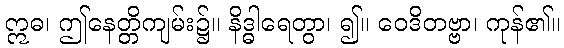
ဣဓ၊ ဤနေတ္တိကျမ်း၌။ နိဒ္ဓါရေတွာ၊ ၍။ ဝေဒိတဗ္ဗာ၊ ကုန်၏။